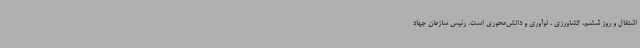
اشتغال و روز ششم، کشاورزی ، نوآوری و دانش‌محوری است. رئیس سازمان جهاد